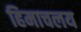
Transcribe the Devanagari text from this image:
हिमाचलय